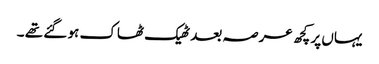
یہاں پر کچھ عرصہ بعد ٹھیک ٹھاک ہو گئے تھے ۔